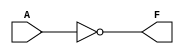
module KMapCombinationalLogic (
    input wire A,  // Single input variable
    output wire F  // Output based on logic function
);

// Define the logic function based on K-map evaluation
// Uncomment or modify based on the desired logic function (example provided):
// Constant Zero: F = 0
// assign F = 1'b0; 

// Constant One: F = 1
// assign F = 1'b1;

// Identity function: F = A
// assign F = A;

// NOT function: F = ~A
assign F = ~A;

// You can also implement functions like AND or OR based on specific needs
// Example for F = A OR (something else): 
// assign F = A | ...; 

endmodule